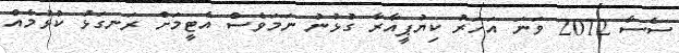
ސެސާ 2012 ވަނަ އަހަރު ކިޔުޕީއާރާ ގުޅުނު ނަމަވެސް އެޓީމަށް ރަނގަޅު ކުޅުމެއް